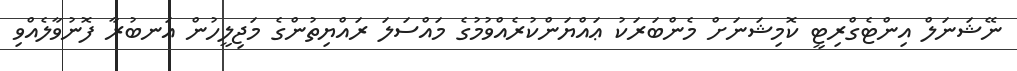
ނޭޝަނަލް އިންޓެގްރިޓީ ކޮމިޝަނަށް މެންބަރަކު ޢައްޔަންކުރެއްވުމުގެ މައްސަލަ ރައްޔިތުންގެ މަޖިލީހުން އަނބުރާ ފޮނުވާލެއްވި